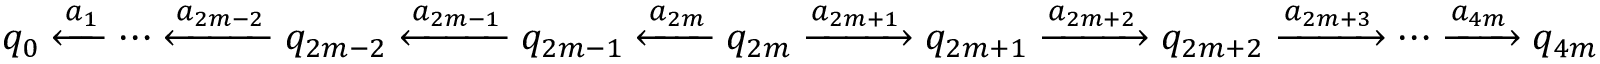
q _ { 0 } \xleftarrow { a _ { 1 } } \cdots \xleftarrow { a _ { 2 m - 2 } } q _ { 2 m - 2 } \xleftarrow { a _ { 2 m - 1 } } q _ { 2 m - 1 } \xleftarrow { a _ { 2 m } } q _ { 2 m } \xrightarrow { a _ { 2 m + 1 } } q _ { 2 m + 1 } \xrightarrow { a _ { 2 m + 2 } } q _ { 2 m + 2 } \xrightarrow { a _ { 2 m + 3 } } \cdots \xrightarrow { a _ { 4 m } } q _ { 4 m }